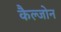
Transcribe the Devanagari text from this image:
कैल्जोन